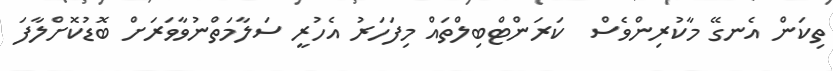
ތިކަން އެނގޭ މާކުރިންވެސް  ކަރަންޓްބިލްތައް މިފަހަރު އެހުރީ ސަލާމަތްނުވާވަރަަށް ބޮޑުކޮށްލާފަ